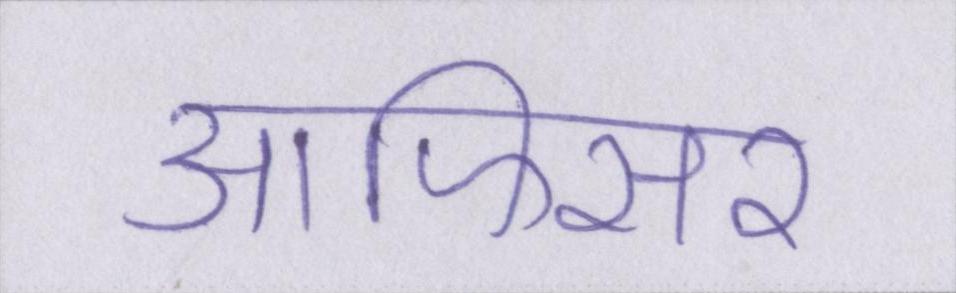
आफिसर